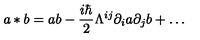
a * b = a b - \frac { i \hbar } 2 \Lambda ^ { i j } \partial _ { i } a \partial _ { j } b + \ldots